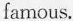
famous.